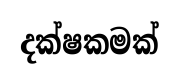
දක්ෂකමක්